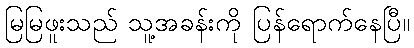
မြမြဖူးသည် သူ့အခန်းကို ပြန်ရောက်နေပြီ။